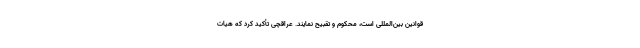
قوانین بین‌المللی است، محکوم و تقبیح نمایند. عراقچی تأکید کرد که هیات